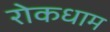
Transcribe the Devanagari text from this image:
रोकधाम